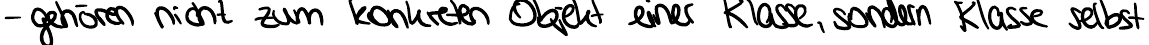
- gehören nicht zum konkreten Objekt einer Klasse, sondern Klasse selbst